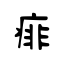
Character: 痱